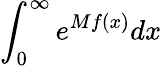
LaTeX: \int_{0}^{\infty}e^{Mf(x)}dx